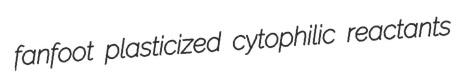
fanfoot plasticized cytophilic reactants